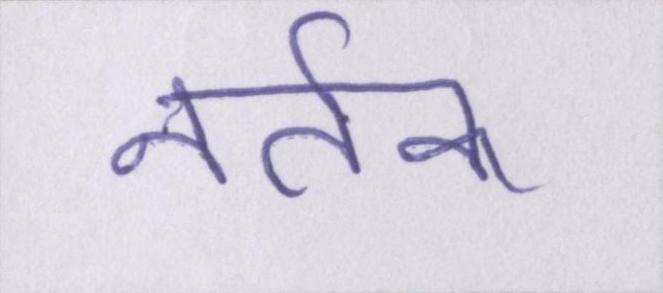
नर्तक